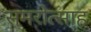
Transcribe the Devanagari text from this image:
समरोत्साह